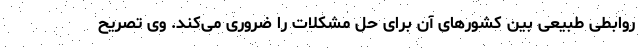
روابطی طبیعی بین کشورهای آن برای حل مشکلات را ضروری می‌کند. وی تصریح